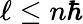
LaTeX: \ell\le n\hbar